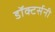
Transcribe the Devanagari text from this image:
डॉक्टर्सनी